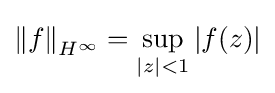
{\|f\|}_{H^{\infty }}=\sup _{|z|<1}\left|f(z)\right|